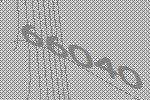
66040